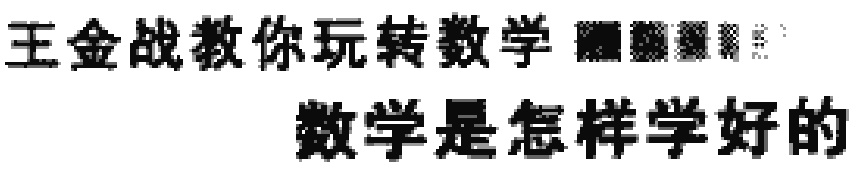
王金战教你玩转数学 数学是怎样学好的